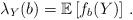
LaTeX: \begin{align*}\lambda_Y(b) = \mathbb{E}\left[ f_b(Y) \right]\,.\end{align*}